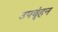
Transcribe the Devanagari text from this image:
उपबृंहन